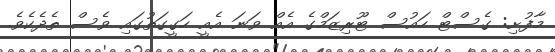
މާފުށި: ގެސްޓް ހައުސް ޓޫރިޒަމްގެ އެއް ވަނަ އެއީ ހަގީގަތުގައި ވެސް ތެދެކެވެ.